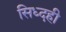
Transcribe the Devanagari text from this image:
सिध्दही